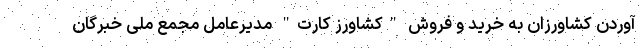
آوردن کشاورزان به خرید و فروش "کشاورز کارت" مدیرعامل مجمع ملی خبرگان